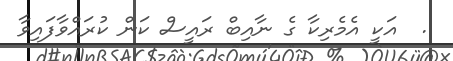
.  އަކީ އެމެރިކާ ގެ ނާއިބް ރައީސް ކަން ކުރައްވާފައިވާ